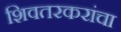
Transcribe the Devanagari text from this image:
शिवतरकरांचा